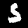
Label: 5